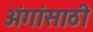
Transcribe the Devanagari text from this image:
अंगांसाठी